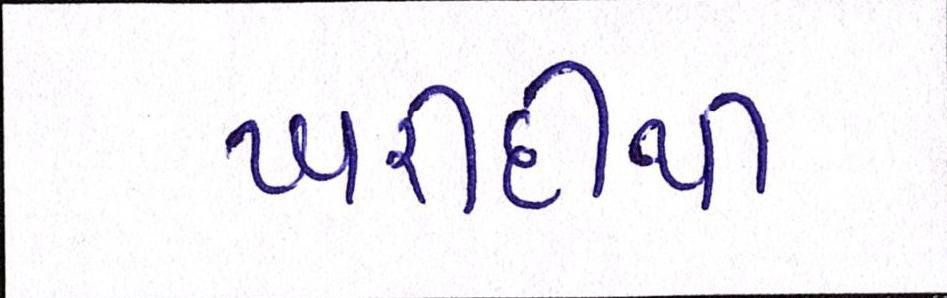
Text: ખરીદીથી